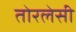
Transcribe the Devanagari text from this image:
तोरलेसी